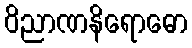
ဝိညာဏနိရောဓော